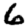
Digit: 6